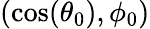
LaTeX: (\cos(\theta_{0}),\phi_{0})